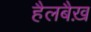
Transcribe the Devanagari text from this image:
हैलबैख़